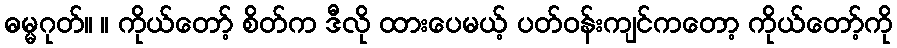
ဓမ္မဂုတ်။ ။ ကိုယ်တော့် စိတ်က ဒီလို ထားပေမယ့် ပတ်ဝန်းကျင်ကတော့ ကိုယ်တော့်ကို